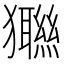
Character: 𤣆